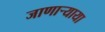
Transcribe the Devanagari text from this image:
जाणाऱ्याया